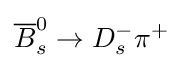
{\overline {B}}_{s}^{0}\to D_{s}^{-}\pi ^{+}